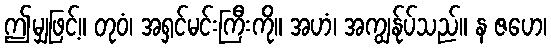
ဤမျှဖြင့်။ တုဝံ၊ အရှင်မင်းကြီးကို။ အဟံ၊ အကျွန်ုပ်သည်။ န ဇဟေ၊